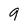
Character: q